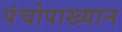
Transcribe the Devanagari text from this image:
पंचोपाख्यान